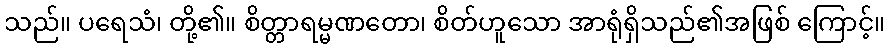
သည်။ ပရေသံ၊ တို့၏။ စိတ္တာရမ္မဏတော၊ စိတ်ဟူသော အာရုံရှိသည်၏အဖြစ် ကြောင့်။